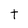
Character: t